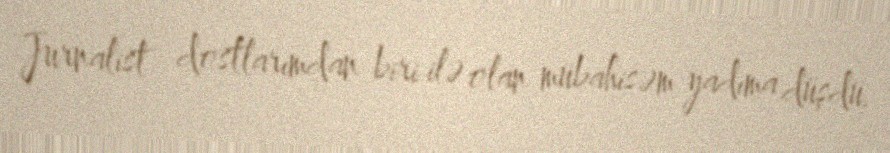
Jurnalist dostlarımdan biri ilə olan mübahisəm yadıma düşdü.